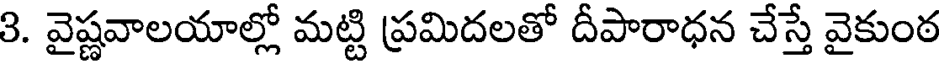
3. వైష్ణవాలయాల్లో మట్టి ప్రమిదలతో దీపారాధన చేస్తే వైకుంఠ